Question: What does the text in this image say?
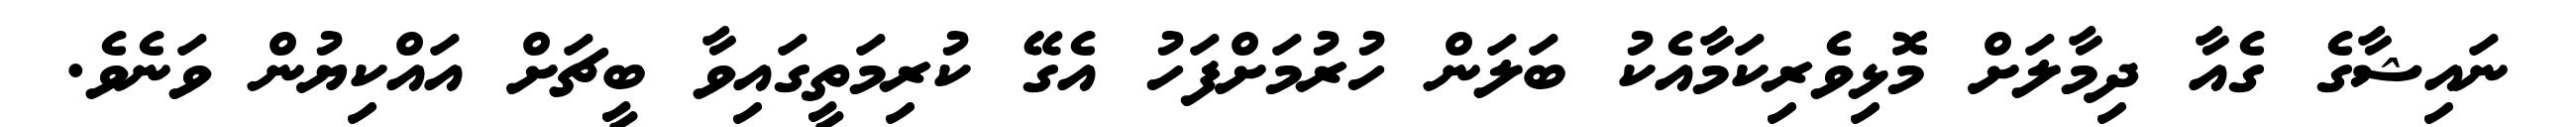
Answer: ނައިޝާގެ ގެއާ ދިމާލަށް މޮޅިވެރިކަމާއެކު ބަލަން ހުރުމަށްފަހު އެގޭ ކުރިމަތީގައިވާ ބީޗަށް އައްކިޔުން ވަނެވެ.